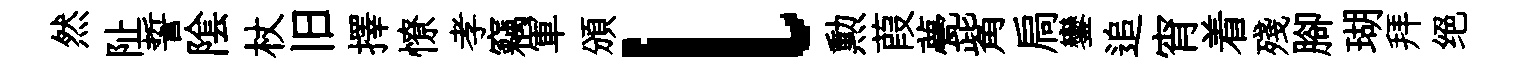
然阯誓隂杖旧擇憭孝竊軍頒l勲葭甍觜扃鑾追宵着殘腳瑚拜绝